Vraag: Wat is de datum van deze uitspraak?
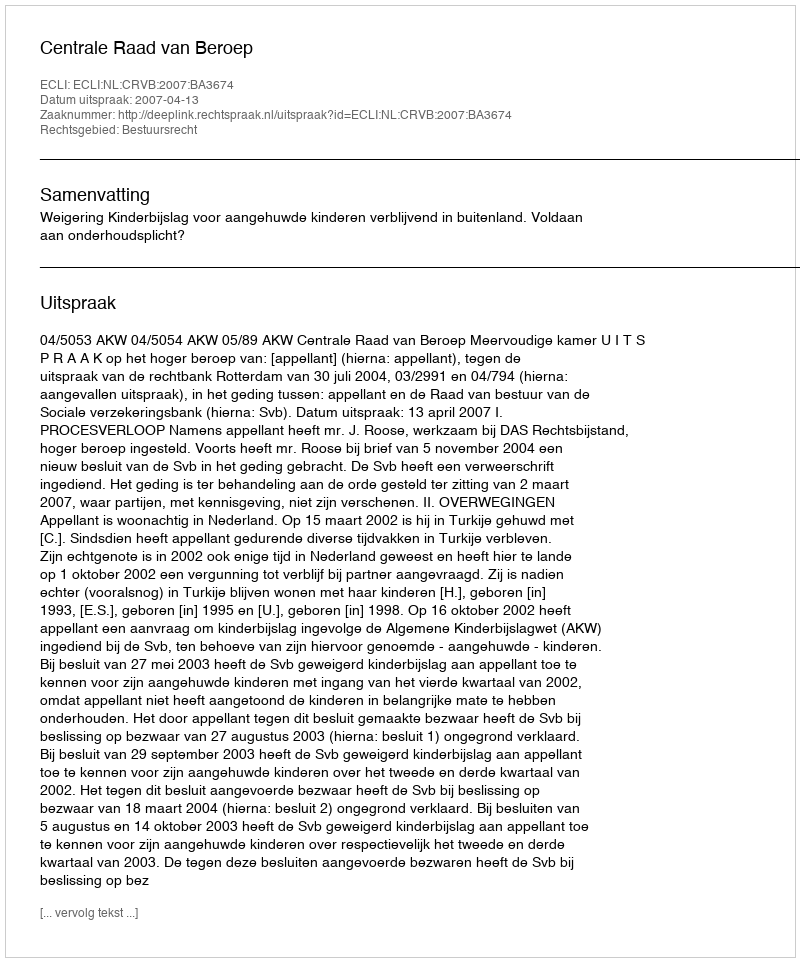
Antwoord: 2007-04-13